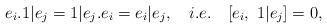
LaTeX: \begin{align*}e_{i}.1|e_{j}=1|e_{j}.e_{i}=e_{i}|e_{j},\quad i.e.\quad [e_{i},~1|e_{j}]=0,\end{align*}